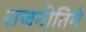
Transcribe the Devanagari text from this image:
राजनीतिमे